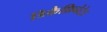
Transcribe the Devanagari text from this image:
डिकैफ़िनेटेड